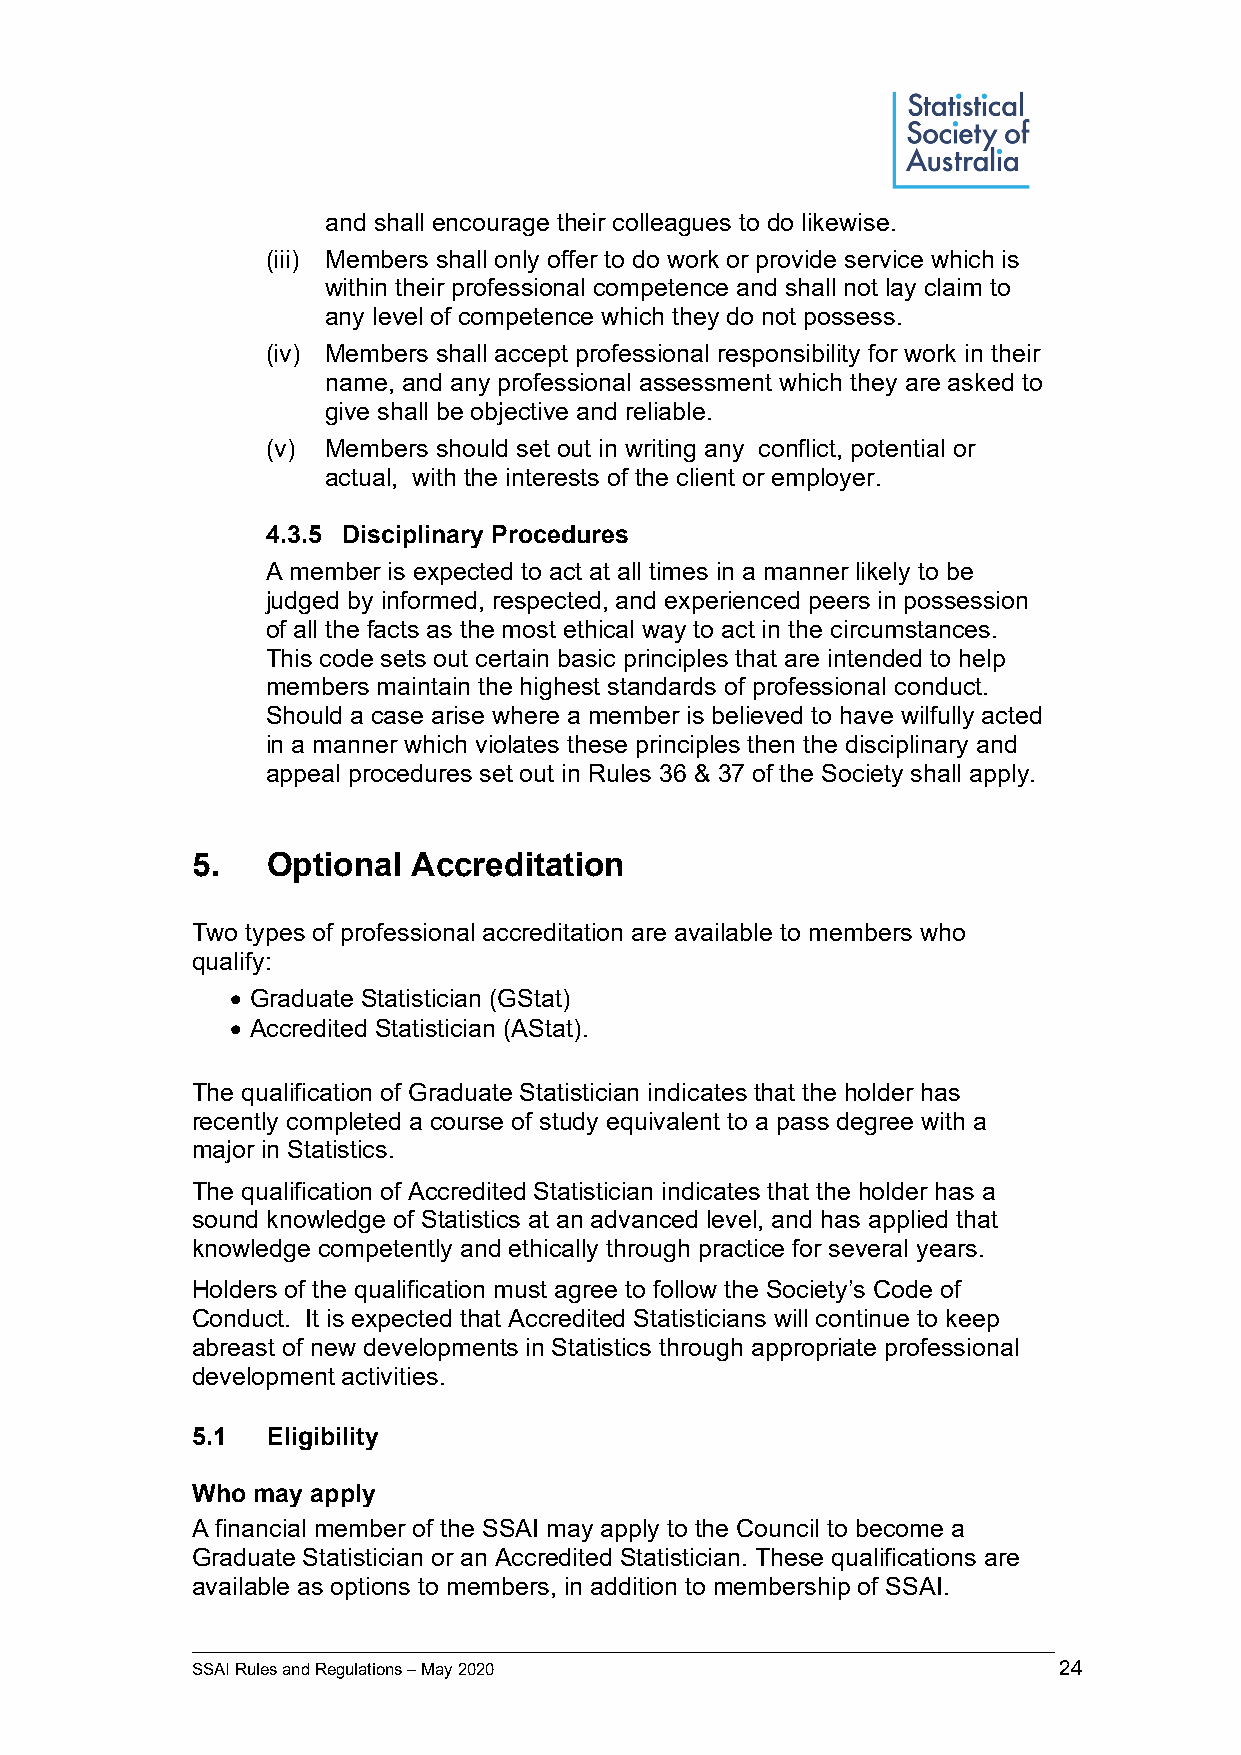
and shall encourage their colleagues to do likewise.
 (iii) Members shall only offer to do work or provide service which is
 within their professional competence and shall not lay claim to
 any level of competence which they do not possess.
 (iv) Members shall accept professional responsibility for work in their
 name, and any professional assessment which they are asked to
 give shall be objective and reliable.
 (v) Members should set out in writing any conflict, potential or
 actual, with the interests of the client or employer.
 4.3.5 Disciplinary Procedures
 A member is expected to act at all times in a manner likely to be
 judged by informed, respected, and experienced peers in possession
 of all the facts as the most ethical way to act in the circumstances.
 This code sets out certain basic principles that are intended to help
 members maintain the highest standards of professional conduct.
 Should a case arise where a member is believed to have wilfully acted
 in a manner which violates these principles then the disciplinary and
 appeal procedures set out in Rules 36 & 37 of the Society shall apply.
 5.   Optional Accreditation
 Two types of professional accreditation are available to members who
 qualify:
 • Graduate Statistician (GStat)
 • Accredited Statistician (AStat).
 The qualification of Graduate Statistician indicates that the holder has
 recently completed a course of study equivalent to a pass degree with a
 major in Statistics.
 The qualification of Accredited Statistician indicates that the holder has a
 sound knowledge of Statistics at an advanced level, and has applied that
 knowledge competently and ethically through practice for several years.
 Holders of the qualification must agree to follow the Society’s Code of
 Conduct. It is expected that Accredited Statisticians will continue to keep
 abreast of new developments in Statistics through appropriate professional
 development activities.
 5.1  Eligibility
 Who may apply
 A financial member of the SSAI may apply to the Council to become a
 Graduate Statistician or an Accredited Statistician. These qualifications are
 available as options to members, in addition to membership of SSAI.
 _____________________________________________________________________________________________
 SSAI Rules and Regulations – May 2020                    24